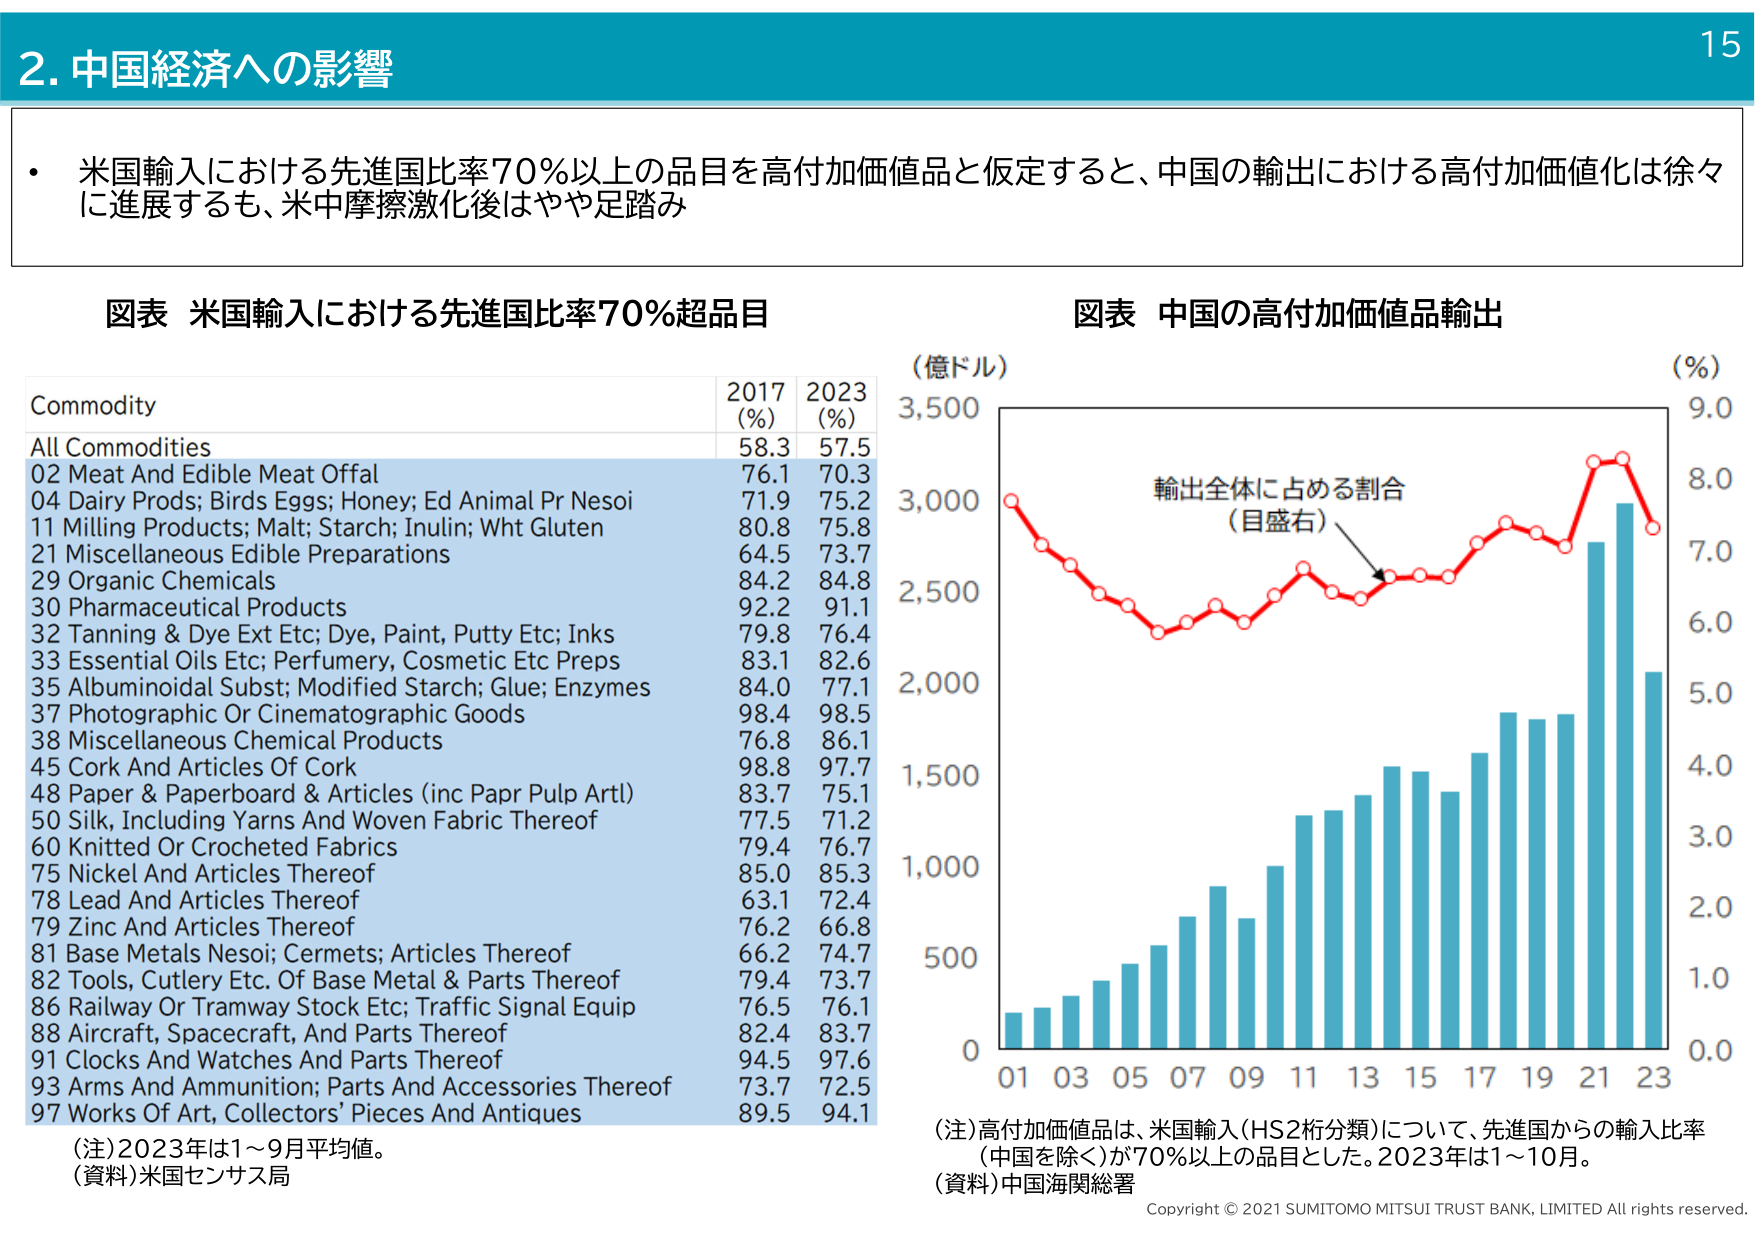
2. 中国経済への影響

・米国輸入における先進国比率70%以上の品目を高付加価値品と仮定すると、中国の輸出における高付加価値化は徐々に進展するも、米中摩擦激化後はやや足踏み

図表 米国輸入における先進国比率70%超品目

Commodity 2017 (%) 2023 (%)
All Commodities 58.3 57.5
02 Meat And Edible Meat Offal 76.1 70.3
04 Dairy Prods; Birds Eggs; Honey; Ed Animal Pr Nesoi 71.9 75.2
11 Milling Products; Malt; Starch; Inulin; Wht Gluten 80.8 75.8
21 Miscellaneous Edible Preparations 64.5 73.7
29 Organic Chemicals 84.2 84.8
30 Pharmaceutical Products 92.2 91.1
32 Tanning & Dye Ext Etc; Dye, Paint, Putty Etc; Inks 79.8 76.4
33 Essential Oils Etc; Perfumery, Cosmetic Etc Preps 83.1 82.6
35 Albuminoidal Subst; Modified Starch; Glue; Enzymes 84.0 77.1
37 Photographic Or Cinematographic Goods 98.4 98.5
38 Miscellaneous Chemical Products 76.8 86.1
45 Cork And Articles Of Cork 98.8 97.7
48 Paper & Paperboard & Articles (inc Papr Pulp Artl) 83.7 75.1
50 Silk, Including Yarns And Woven Fabric Thereof 77.5 71.2
60 Knitted Or Crocheted Fabrics 79.4 76.7
75 Nickel And Articles Thereof 85.0 85.3
78 Lead And Articles Thereof 63.1 72.4
79 Zinc And Articles Thereof 76.2 66.8
81 Base Metals Nesoi; Cermet; Articles Thereof 66.2 74.7
82 Tools, Cutlery Etc. Of Base Metal & Parts Thereof 79.4 73.7
86 Railway Or Tramway Stock Etc; Traffic Signal Equip 76.5 76.1
88 Aircraft, Spacecraft, And Parts Thereof 82.4 83.7
91 Clocks And Watches And Parts Thereof 94.5 97.6
93 Arms And Ammunition; Parts And Accessories Thereof 73.7 72.5
97 Works Of Art, Collectors’ Pieces And Antiques 89.5 94.1

（注）2023年は1～9月平均値。
（資料）米国センサス局

図表 中国の高付加価値品輸出

（億ドル） （%）
3,500 9.0
3,000 8.0
2,500 7.0
2,000 6.0
1,500 5.0
1,000 4.0
500 3.0
0 2.0
1.0
0.0

輸出全体に占める割合
（目盛右）

01 03 05 07 09 11 13 15 17 19 21 23

（注）高付加価値品は、米国輸入（HS2桁分類）について、先進国からの輸入比率（中国を除く）が70%以上の品目とした。2023年は1～10月。
（資料）中国海関総署

Copyright © 2021 SUMITOMO MITSUI TRUST BANK, LIMITED All rights reserved.

15